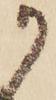
か